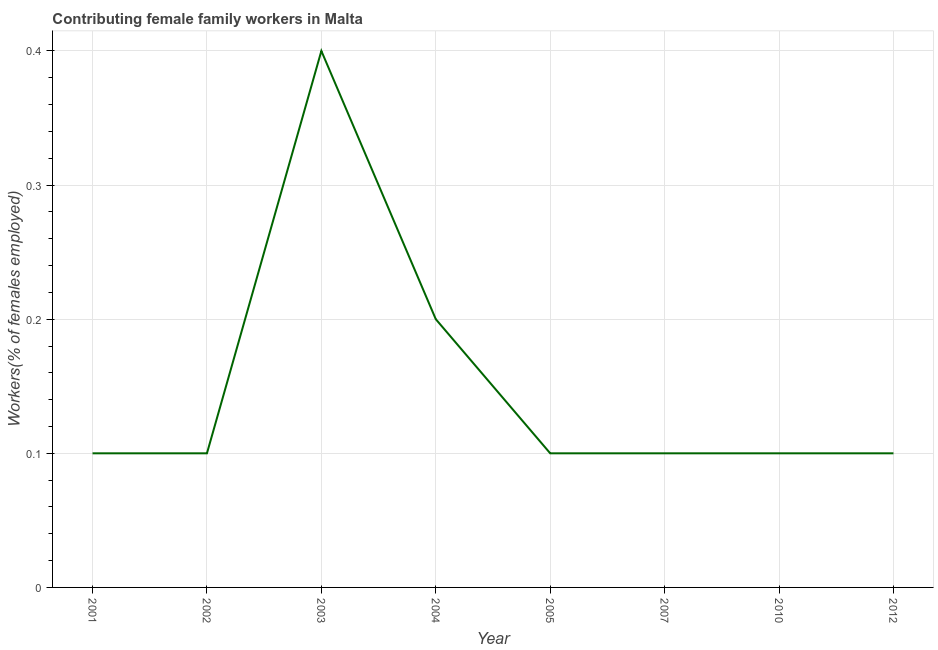
| Year | Contributing family workers |
 | --- | --- |
 | 2001 | 0.1 |
 | 2002 | 0.1 |
 | 2003 | 0.4 |
 | 2004 | 0.2 |
 | 2005 | 0.1 |
 | 2007 | 0.1 |
 | 2010 | 0.1 |
 | 2012 | 0.1 |